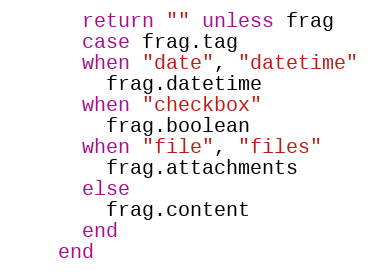
Language: Ruby
      return "" unless frag
      case frag.tag
      when "date", "datetime"
        frag.datetime
      when "checkbox"
        frag.boolean
      when "file", "files"
        frag.attachments
      else
        frag.content
      end
    end